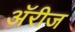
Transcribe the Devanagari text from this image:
अॅरीज